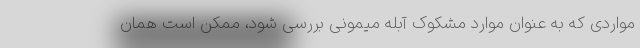
مواردی که به عنوان موارد مشکوک آبله میمونی بررسی شود، ممکن است همان